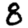
Digit: 8